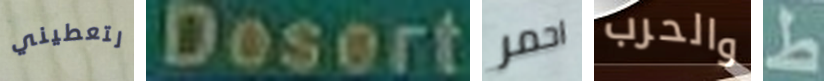
لتعطيني Desert احمر والحرب ط